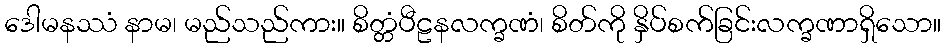
ဒေါမနဿံ နာမ၊ မည်သည်ကား။ စိတ္တံပီဠနလက္ခဏံ၊ စိတ်ကို နှိပ်စက်ခြင်းလက္ခဏာရှိသော။